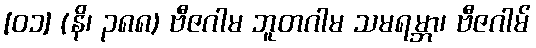
[၀၁] (နိ၊ ၃၈၈) ဗီဇဂါမ ဘူတဂါမ သမရမ္ဘာ၊ ဗီဇဂါမ်